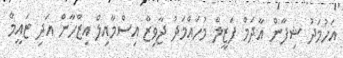
އަހުމަދު ޝިފާން އާދަމް ފަޒީލް މުހައްމަދު ޖާވިޒް އިސްމާއިލް އިޒްހާން އަދި ޒައީމް